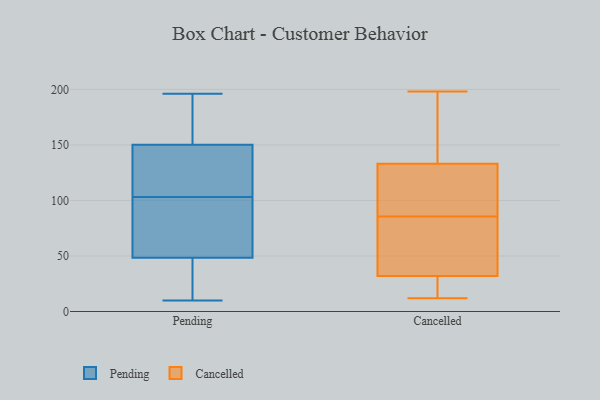
{"axis": {"x": "Bounce Rate (%)", "y": "Value"}, "legend": ["Cancelled", "Pending"], "data": [{"x": "", "y": 71, "type": "Pending"}, {"x": "", "y": 20, "type": "Pending"}, {"x": "", "y": 65, "type": "Pending"}, {"x": "", "y": 103, "type": "Pending"}, {"x": "", "y": 170, "type": "Pending"}, {"x": "", "y": 170, "type": "Pending"}, {"x": "", "y": 77, "type": "Pending"}, {"x": "", "y": 196, "type": "Pending"}, {"x": "", "y": 103, "type": "Pending"}, {"x": "", "y": 132, "type": "Pending"}, {"x": "", "y": 85, "type": "Pending"}, {"x": "", "y": 43, "type": "Pending"}, {"x": "", "y": 160, "type": "Pending"}, {"x": "", "y": 34, "type": "Pending"}, {"x": "", "y": 10, "type": "Pending"}, {"x": "", "y": 17, "type": "Pending"}, {"x": "", "y": 151, "type": "Pending"}, {"x": "", "y": 148, "type": "Pending"}, {"x": "", "y": 138, "type": "Pending"}, {"x": "", "y": 73, "type": "Cancelled"}, {"x": "", "y": 95, "type": "Cancelled"}, {"x": "", "y": 117, "type": "Cancelled"}, {"x": "", "y": 136, "type": "Cancelled"}, {"x": "", "y": 180, "type": "Cancelled"}, {"x": "", "y": 61, "type": "Cancelled"}, {"x": "", "y": 32, "type": "Cancelled"}, {"x": "", "y": 114, "type": "Cancelled"}, {"x": "", "y": 133, "type": "Cancelled"}, {"x": "", "y": 175, "type": "Cancelled"}, {"x": "", "y": 198, "type": "Cancelled"}, {"x": "", "y": 13, "type": "Cancelled"}, {"x": "", "y": 12, "type": "Cancelled"}, {"x": "", "y": 86, "type": "Cancelled"}, {"x": "", "y": 31, "type": "Cancelled"}, {"x": "", "y": 28, "type": "Cancelled"}, {"x": "", "y": 85, "type": "Cancelled"}, {"x": "", "y": 42, "type": "Cancelled"}]}